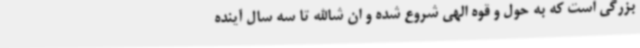
بزرگی است که به حول و قوه الهی شروع شده و ان شاالله تا سه سال آینده